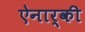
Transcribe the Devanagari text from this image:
ऐनार्की